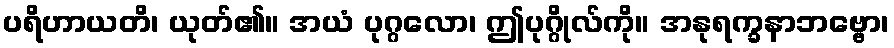
ပရိဟာယတိ၊ ယုတ်၏။ အယံ ပုဂ္ဂလော၊ ဤပုဂ္ဂိုလ်ကို။ အနုရက္ခနာဘဗ္ဗော၊